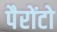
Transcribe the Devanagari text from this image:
पैरोंटो